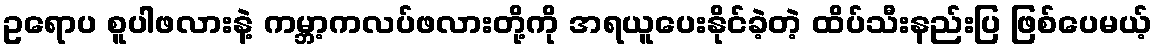
ဥရောပ စူပါဖလားနဲ့ ကမ္ဘာ့ကလပ်ဖလားတို့ကို အရယူပေးနိုင်ခဲ့တဲ့ ထိပ်သီးနည်းပြ ဖြစ်ပေမယ့်